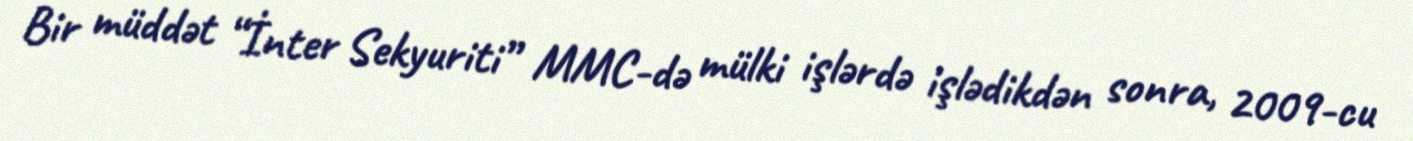
Bir müddət “İnter Sekyuriti” MMC-də mülki işlərdə işlədikdən sonra, 2009-cu